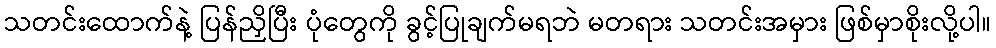
သတင်းထောက်နဲ့ ပြန်ညှိပြီး ပုံတွေကို ခွင့်ပြုချက်မရဘဲ မတရား သတင်းအမှား ဖြစ်မှာစိုးလို့ပါ။